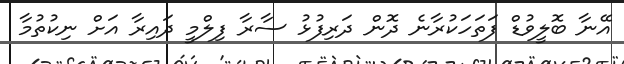
އޭނާ ބޮލީވުޑް ފަތަހަކުރާނެ ދޮން ދަރިފުޅު ސާރާ ފިލްމީ ދައިރާ އަށް ނިކުތުމާ